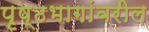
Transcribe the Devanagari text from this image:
पृष्ठभागांवरील